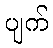
ပျက်